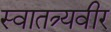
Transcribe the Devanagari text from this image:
स्वातत्र्यवीर